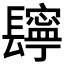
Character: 𨲸